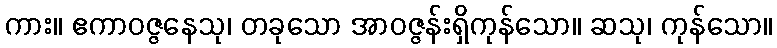
ကား။ ဧကာဝဇ္ဇနေသု၊ တခုသော အာဝဇ္ဇန်းရှိကုန်သော။ ဆသု၊ ကုန်သော။